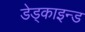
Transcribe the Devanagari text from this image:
डेड्काइन्ड